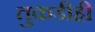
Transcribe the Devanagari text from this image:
तुकडीही